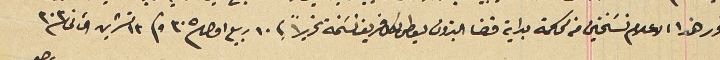
تحرر هذا الاعلام نسَختين من محكمة بداية قضا البترون ليعطى لكل فريق نسَخة تحريراً فى ١٠ ربيع اول ٣٠٥ و ١٣ تشرين الثانى ٣٠٣